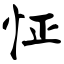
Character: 怔